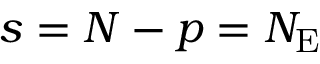
s = N - p = N _ { \mathrm { E } }